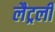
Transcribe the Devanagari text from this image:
लैट्रली